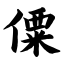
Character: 僳